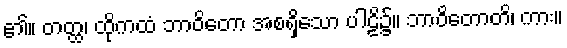
၏။ တတ္ထ၊ ထိုကထံ ဘာဝိတော အစရှိသော ပါဠိ၌။ ဘာဝိတောတိ၊ ကား။